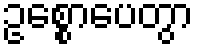
ဥစ္စောပေတွာ